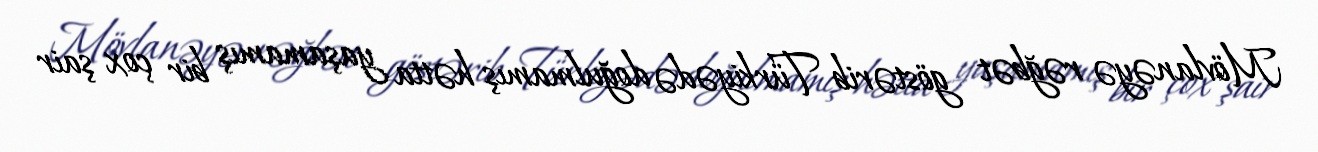
Mövlanəyə rəğbət göstərib Türkiyədə doğulmamış hətta yaşamamış bir çox şair